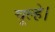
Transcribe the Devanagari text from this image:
चूल्हे।